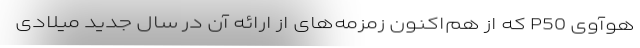
هوآوی P50 که از هم‌اکنون زمزمه‌های از ارائه آن در سال جدید میلادی